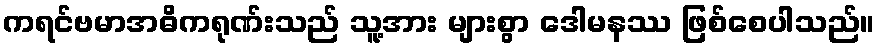
ကရင်ဗမာအဓိကရုဏ်းသည် သူ့အား များစွာ ဒေါမနဿ ဖြစ်စေပါသည်။